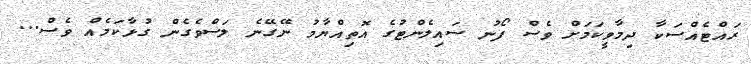
ރައްޓެއްސަކާ ދިމާވީކަމަށް ވެސް ފޯނު ސައިލެންޓުގެ އޮތިއްޔާމު ނޭގޭނެ ލަސްވެގެން ގުޅާކަމެއް ވެސް...